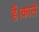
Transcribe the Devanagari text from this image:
हैं।काले